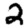
Digit: 2